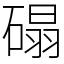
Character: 𰧒